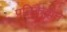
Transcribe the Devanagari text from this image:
प्रतिकृतीने